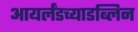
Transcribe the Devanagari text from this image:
आयर्लंडच्याडब्लिन